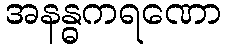
အနန္ဓကရဏော